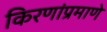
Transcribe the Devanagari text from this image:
किरणांप्रमाणे